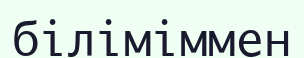
біліміммен